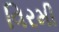
વિરમી